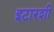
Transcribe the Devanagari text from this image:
इटारशी